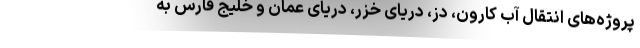
پروژه‌های انتقال آب کارون، دز، دریای خزر، دریای عمان و خلیج فارس به